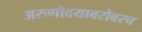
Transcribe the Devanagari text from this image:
अरुणोदयाबरोबरच